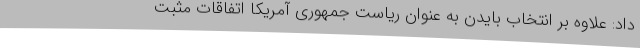
داد: علاوه بر انتخاب بایدن به عنوان ریاست جمهوری آمریکا اتفاقات مثبت